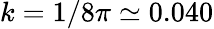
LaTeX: k=1/8\pi\simeq 0.040